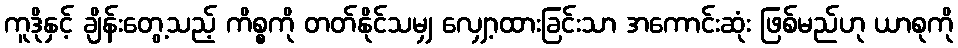
ကူဒိုနှင့် ချိန်းတွေ့သည့် ကိစ္စကို တတ်နိုင်သမျှ လျှော့ထားခြင်းသာ အကောင်းဆုံး ဖြစ်မည်ဟု ယာစုကို